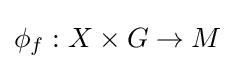
\phi _{f}:X\times G\to M